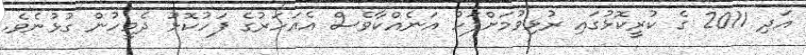
އަދި 2011 ގެ ކުރީކޮޅުގައި ރުޅިވުމަށްފަހު އަނެއްކާވެސް އެއަހަރުގެ ފަހުކޮޅު ދެމީހުން ގުޅުނެވެ.